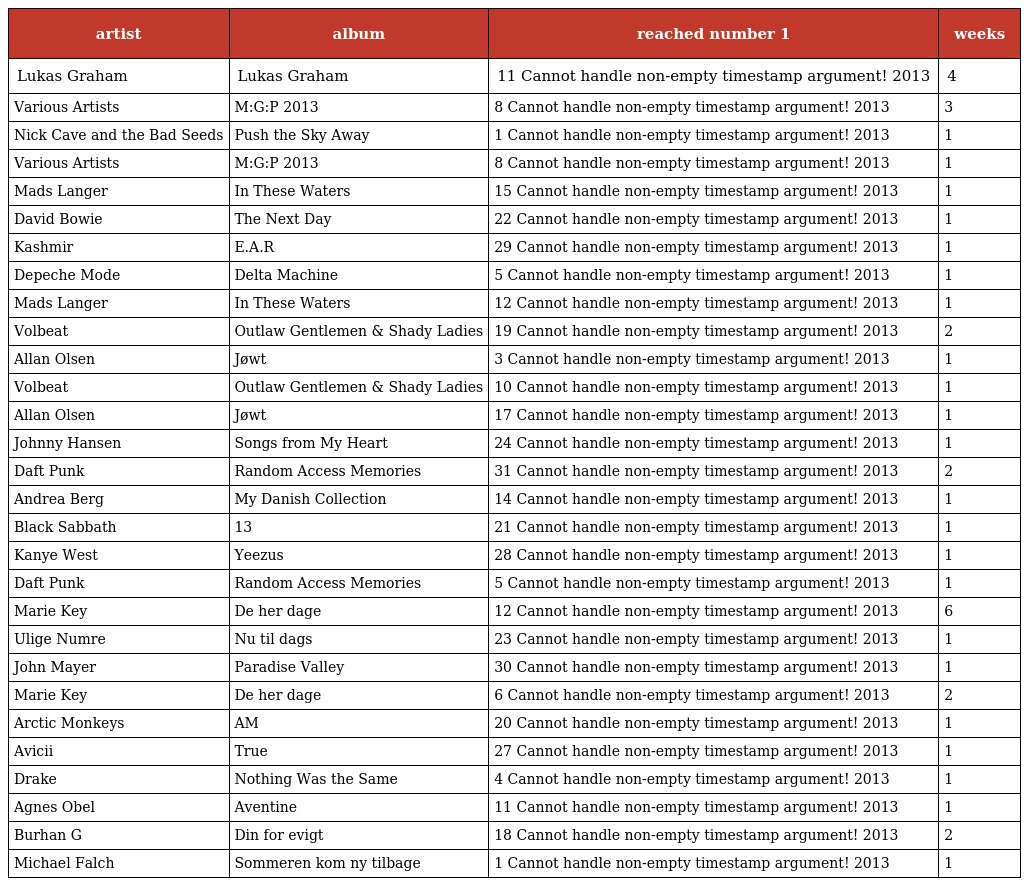
| artist | album | reached number 1 | weeks |
 | --- | --- | --- | --- |
 | Lukas Graham | Lukas Graham | 11 Cannot handle non-empty timestamp argument! 2013 | 4 |
 | Various Artists | M:G:P 2013 | 8 Cannot handle non-empty timestamp argument! 2013 | 3 |
 | Nick Cave and the Bad Seeds | Push the Sky Away | 1 Cannot handle non-empty timestamp argument! 2013 | 1 |
 | Various Artists | M:G:P 2013 | 8 Cannot handle non-empty timestamp argument! 2013 | 1 |
 | Mads Langer | In These Waters | 15 Cannot handle non-empty timestamp argument! 2013 | 1 |
 | David Bowie | The Next Day | 22 Cannot handle non-empty timestamp argument! 2013 | 1 |
 | Kashmir | E.A.R | 29 Cannot handle non-empty timestamp argument! 2013 | 1 |
 | Depeche Mode | Delta Machine | 5 Cannot handle non-empty timestamp argument! 2013 | 1 |
 | Mads Langer | In These Waters | 12 Cannot handle non-empty timestamp argument! 2013 | 1 |
 | Volbeat | Outlaw Gentlemen & Shady Ladies | 19 Cannot handle non-empty timestamp argument! 2013 | 2 |
 | Allan Olsen | Jøwt | 3 Cannot handle non-empty timestamp argument! 2013 | 1 |
 | Volbeat | Outlaw Gentlemen & Shady Ladies | 10 Cannot handle non-empty timestamp argument! 2013 | 1 |
 | Allan Olsen | Jøwt | 17 Cannot handle non-empty timestamp argument! 2013 | 1 |
 | Johnny Hansen | Songs from My Heart | 24 Cannot handle non-empty timestamp argument! 2013 | 1 |
 | Daft Punk | Random Access Memories | 31 Cannot handle non-empty timestamp argument! 2013 | 2 |
 | Andrea Berg | My Danish Collection | 14 Cannot handle non-empty timestamp argument! 2013 | 1 |
 | Black Sabbath | 13 | 21 Cannot handle non-empty timestamp argument! 2013 | 1 |
 | Kanye West | Yeezus | 28 Cannot handle non-empty timestamp argument! 2013 | 1 |
 | Daft Punk | Random Access Memories | 5 Cannot handle non-empty timestamp argument! 2013 | 1 |
 | Marie Key | De her dage | 12 Cannot handle non-empty timestamp argument! 2013 | 6 |
 | Ulige Numre | Nu til dags | 23 Cannot handle non-empty timestamp argument! 2013 | 1 |
 | John Mayer | Paradise Valley | 30 Cannot handle non-empty timestamp argument! 2013 | 1 |
 | Marie Key | De her dage | 6 Cannot handle non-empty timestamp argument! 2013 | 2 |
 | Arctic Monkeys | AM | 20 Cannot handle non-empty timestamp argument! 2013 | 1 |
 | Avicii | True | 27 Cannot handle non-empty timestamp argument! 2013 | 1 |
 | Drake | Nothing Was the Same | 4 Cannot handle non-empty timestamp argument! 2013 | 1 |
 | Agnes Obel | Aventine | 11 Cannot handle non-empty timestamp argument! 2013 | 1 |
 | Burhan G | Din for evigt | 18 Cannot handle non-empty timestamp argument! 2013 | 2 |
 | Michael Falch | Sommeren kom ny tilbage | 1 Cannot handle non-empty timestamp argument! 2013 | 1 |